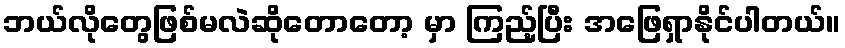
ဘယ်လိုတွေဖြစ်မလဲဆိုတောတော့ မှာ ကြည့်ပြီး အဖြေရှာနိုင်ပါတယ်။